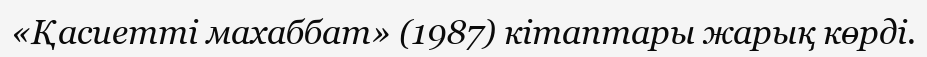
«Қасиетті махаббат» (1987) кітаптары жарық көрді.